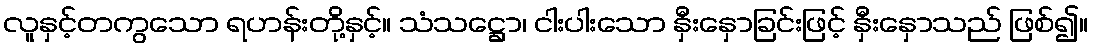
လူနှင့်တကွသော ရဟန်းတို့နှင့်။ သံသဋ္ဌော၊ ငါးပါးသော နှီးနှောခြင်းဖြင့် နှီးနှောသည် ဖြစ်၍။